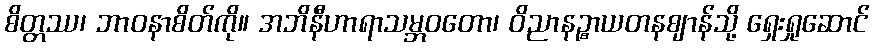
စိတ္တဿ၊ ဘာဝနာစိတ်ကို။ အဘိနီဟာရာသမ္ဘဝတော၊ ဝိညာနဉ္စာယတနဈာန်သို့ ရှေးရှုဆောင်